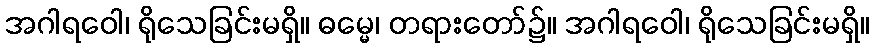
အဂါရဝေါ၊ ရိုသေခြင်းမရှိ။ ဓမ္မေ၊ တရားတော်၌။ အဂါရဝေါ၊ ရိုသေခြင်းမရှိ။